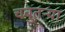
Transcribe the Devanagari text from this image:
चबुतऱ्या